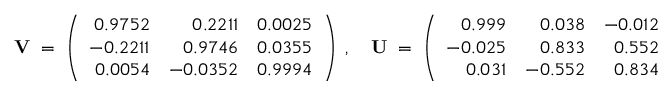
{ \bf V } \; = \; \left( \begin{array} { r r r } { { 0 . 9 7 5 2 } } & { { 0 . 2 2 1 1 } } & { { 0 . 0 0 2 5 } } \\ { { - 0 . 2 2 1 1 } } & { { 0 . 9 7 4 6 } } & { { 0 . 0 3 5 5 } } \\ { { 0 . 0 0 5 4 } } & { { - 0 . 0 3 5 2 } } & { { 0 . 9 9 9 4 } } \end{array} \right) \; , \quad { \bf U } \; = \; \left( \begin{array} { r r r } { { 0 . 9 9 9 } } & { { 0 . 0 3 8 } } & { { - 0 . 0 1 2 } } \\ { { - 0 . 0 2 5 } } & { { 0 . 8 3 3 } } & { { 0 . 5 5 2 } } \\ { { 0 . 0 3 1 } } & { { - 0 . 5 5 2 } } & { { 0 . 8 3 4 } } \end{array} \right)